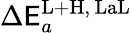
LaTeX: \Delta\mathsf{E}_{a}^{\mathrm{{L+H}},\, \mathrm{{LaL}}}